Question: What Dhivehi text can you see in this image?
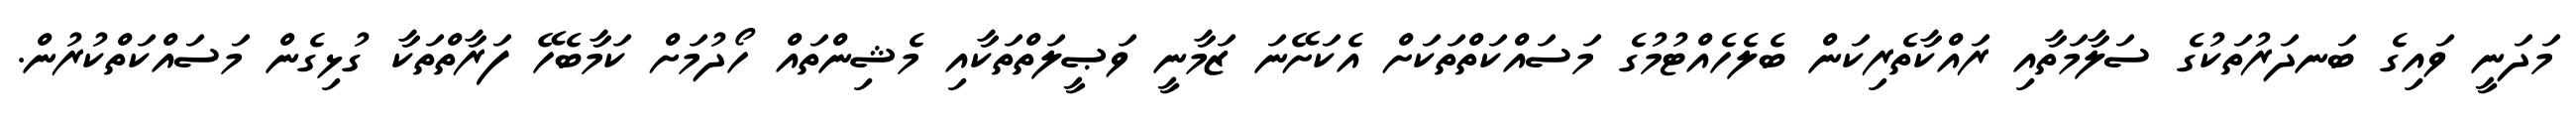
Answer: މަދަނީ ވައިގެ ބަނދަރުތަކުގެ ސަލާމަތާއި ރައްކާތެރިކަން ބެލެހެއްޓުމުގެ މަސައްކަތްތަކަށް އެކަށޭނަ ޒަމާނީ ވަޞީލަތްތަކާއި މެޝިންތައް ހޯދުމަށް ކަމާބެހޭ ފަރާތްތަކާ ގުޅިގެން މަސައްކަތްކުރުން.